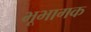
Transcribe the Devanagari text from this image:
भूभागक